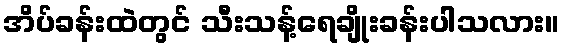
အိပ်ခန်းထဲတွင် သီးသန့်ရေချိုးခန်းပါသလား။